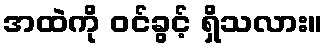
အထဲကို ဝင်ခွင့် ရှိသလား။